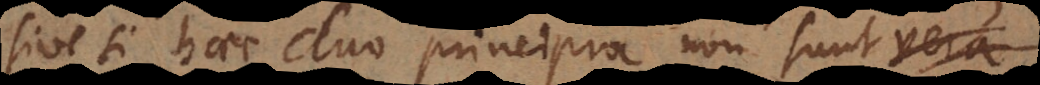
sive si haec duo principia non sunt